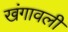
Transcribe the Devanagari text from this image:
खंगावली